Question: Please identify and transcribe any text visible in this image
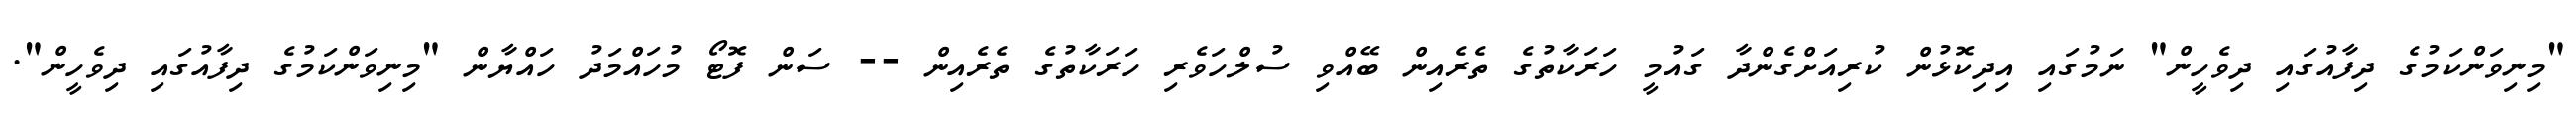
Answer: "މިނިވަންކަމުގެ ދިފާއުގައި ދިވެހީން" ނަމުގައި އިދިކޮޅުން ކުރިއަށްގެންދާ ގައުމީ ހަރަކާތުގެ ތެރެއިން ބޭއްވި ސުލްހަވެރި ހަރަކާތުގެ ތެރެއިން -- ސަން ފޮޓޯ މުހައްމަދު ހައްޔާން "މިނިވަންކަމުގެ ދިފާއުގައި ދިވެހީން".